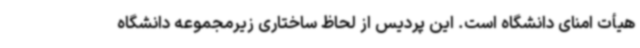
هیأت امنای دانشگاه است. این پردیس از لحاظ ساختاری زیرمجموعه دانشگاه